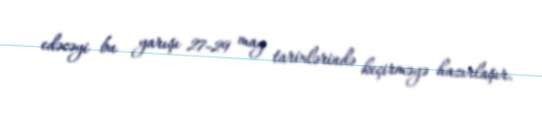
edəcəyi bu yarışı 27-29 may tarixlərində keçirməyə hazırlaşır.